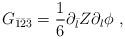
LaTeX: \begin{align*}G_{\bar 1 \bar 2 \bar 3} = \frac{1}{6} \partial_{\bar l} Z \partial_l \phi\ ,\end{align*}